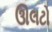
ઊલટો